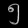
Digit: ၅